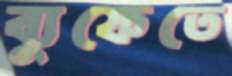
ব্যুফেতে